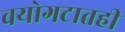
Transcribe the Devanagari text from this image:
वयोगटातही